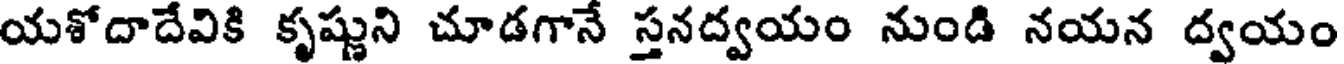
యశోదాదేవికి కృష్ణుని చూడగానే స్తనద్వయం నుండి నయన ద్వయం